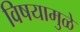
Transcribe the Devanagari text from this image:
विषयामुळे